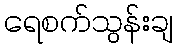
ရေစက်သွန်းချ